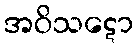
အဝိသဋော